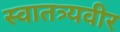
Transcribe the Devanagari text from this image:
स्वातत्र्यवीर